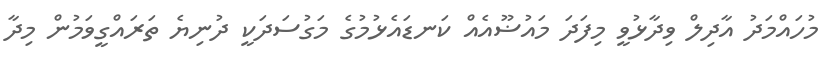
މުހައްމަދު އާދިލް ވިދާޅުވީ މިފަދަ މައުޟޫއެއް ކަނޑައެޅުމުގެ މަގުސަދަކީ ދުނިޔެ ތަރައްގީވަމުން މިދާ